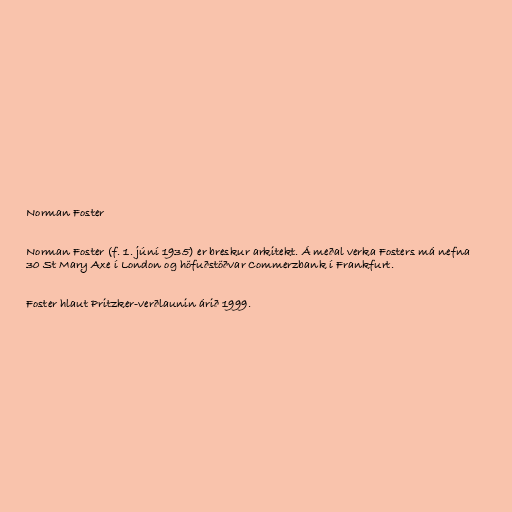
Norman Foster

Norman Foster (f. 1. júní 1935) er breskur arkitekt. Á meðal verka Fosters má nefna
30 St Mary Axe í London og höfuðstöðvar Commerzbank í Frankfurt.

Foster hlaut Pritzker-verðlaunin árið 1999.